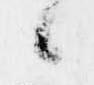
候